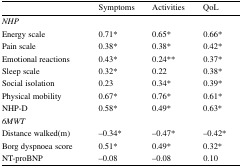
|  | Symptoms | Activities | QoL |
 | --- | --- | --- | --- |
 | NHP |  |  |  |
 | Energy scale | 0.71* | 0.65* | 0.66* |
 | Pain scale | 0.38* | 0.38* | 0.42* |
 | Emotional reactions | 0.43* | 0.24** | 0.37* |
 | Sleep scale | 0.32* | 0.22 | 0.38* |
 | Social isolation | 0.23 | 0.34* | 0.39* |
 | Physical mobility | 0.67* | 0.76* | 0.61* |
 | NHP-D | 0.58* | 0.49* | 0.63* |
 | 6MWT |  |  |  |
 | Distance walked(m) | −0.34* | −0.47* | −0.42* |
 | Borg dyspnoea score | 0.51* | 0.49* | 0.32* |
 | NT-proBNP | −0.08 | −0.08 | 0.10 |